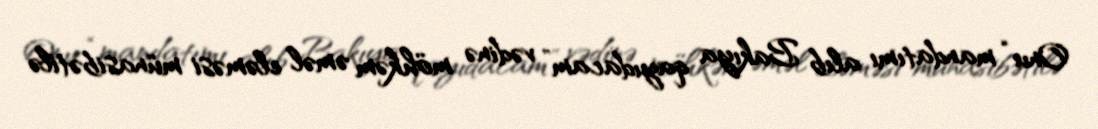
Onu “mandatımı alıb Bakıya qayıdacam” vədinə möhkəm əməl eləməsi münasibətilə